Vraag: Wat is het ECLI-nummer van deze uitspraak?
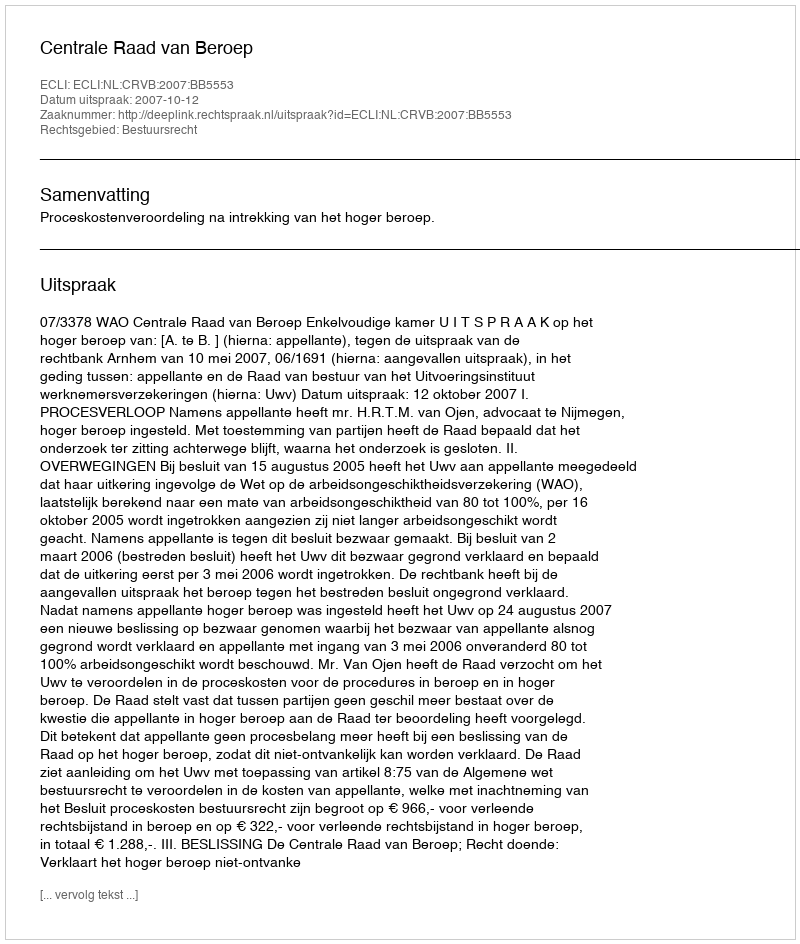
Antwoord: ECLI:NL:CRVB:2007:BB5553